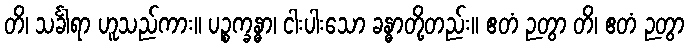
တိ၊ သင်္ခါရာ ဟူသည်ကား။ ပဉ္စက္ခန္ဓာ၊ ငါးပါးသော ခန္ဓာတို့တည်း။ ဧတံ ဉတွာ တိ၊ ဧတံ ဉတွာ